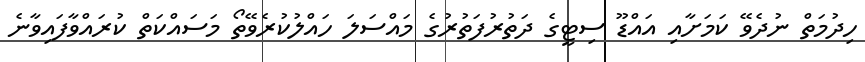
ހިދުމަތް ނުދެވޭ ކަމަށާއި އައްޑޫ ސިޓީގެ ދަތުރުފަތުރުގެ މައްސަލަ ހައްލުކުރެވޭތޯ މަސައްކަތް ކުރައްވާފައިވާނެ